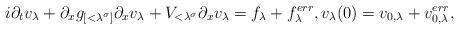
LaTeX: \begin{align*}i \partial_t v_\lambda + \partial_x g_{[<\lambda^\sigma]} \partial_x v_\lambda + V_{<\lambda^{\sigma}} \partial_x v_\lambda= f_\lambda + f_\lambda^{err}, v_\lambda(0) = v_{0,\lambda}+ v_{0,\lambda}^{err},\end{align*}